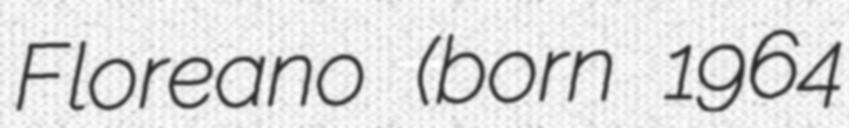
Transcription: Floreano (born 1964